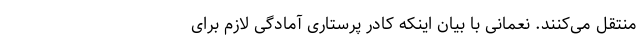
منتقل می‌کنند. نعمانی با بیان اینکه کادر پرستاری آمادگی لازم برای